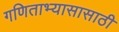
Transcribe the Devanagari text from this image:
गणिताभ्यासासाठी